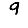
Digit: 9